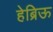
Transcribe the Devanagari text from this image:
हेब्रिऊ